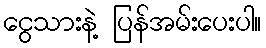
ငွေသားနဲ့ ပြန်အမ်းပေးပါ။